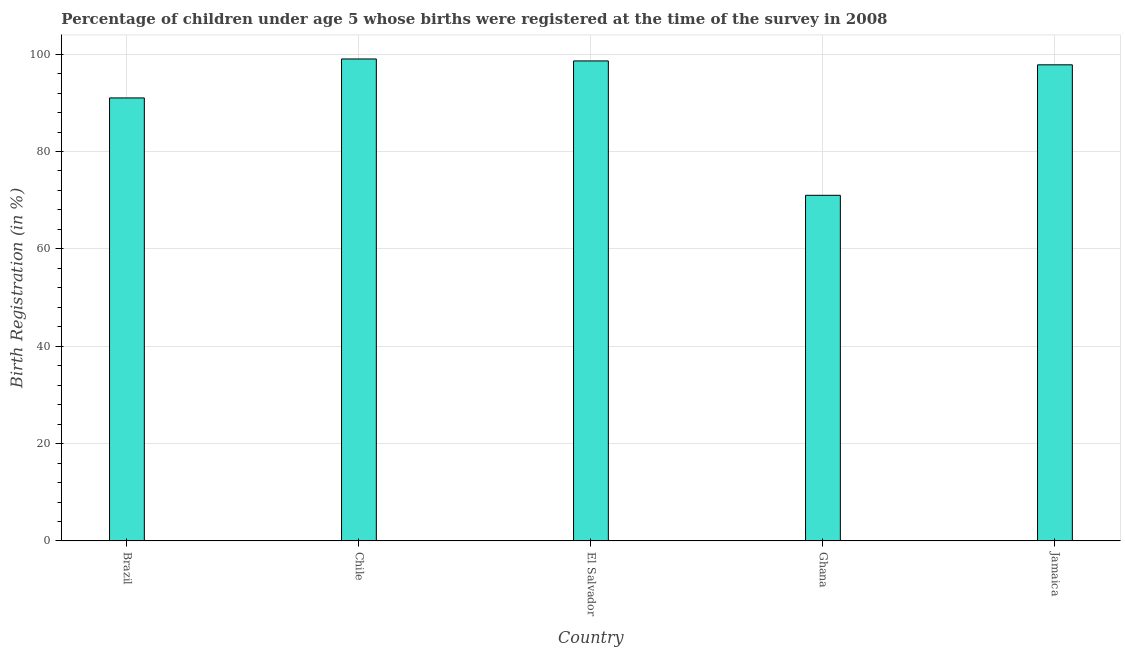
| Country | Birth registration |
 | --- | --- |
 | Brazil | 91 |
 | Chile | 99 |
 | El Salvador | 98.6 |
 | Ghana | 71 |
 | Jamaica | 97.8 |